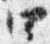
四